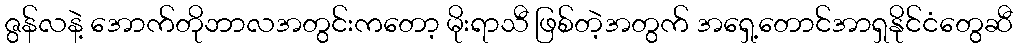
ဇွန်လနဲ့ အောက်တိုဘာလအတွင်းကတော့ မိုးရာသီ ဖြစ်တဲ့အတွက် အရှေ့တောင်အာရှနိုင်ငံတွေဆီ